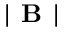
| \textbf { B } |